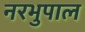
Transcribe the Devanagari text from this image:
नरभुपाल